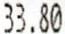
33.80